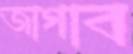
জাগাব